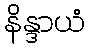
နိန္ဒာယံ